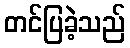
တင်ပြခဲ့သည်